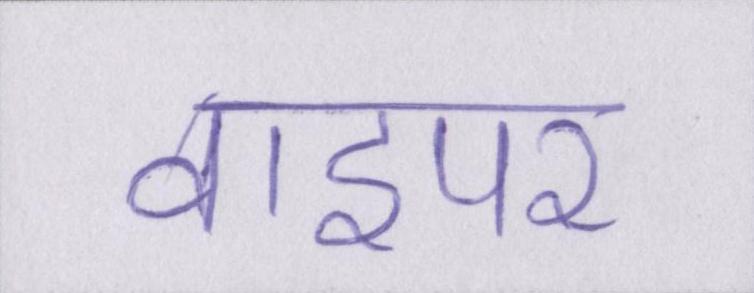
वाइपर